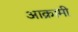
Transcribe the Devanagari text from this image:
आक्रामी